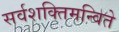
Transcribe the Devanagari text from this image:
सर्वशक्तिमन्विते